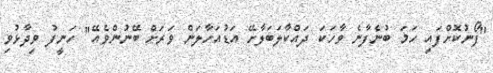
"ފޯނުކޮށްފައި ހަމަ ބުނެފާނެ ވާހަކަ ދައްކާލަބަލާށޭ އަޑުއަހާލަން ވަރަށް ބޭނުންވެއޭ" ހަނީފު ވިދާޅުވި